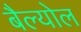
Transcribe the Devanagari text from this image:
बैल्योल